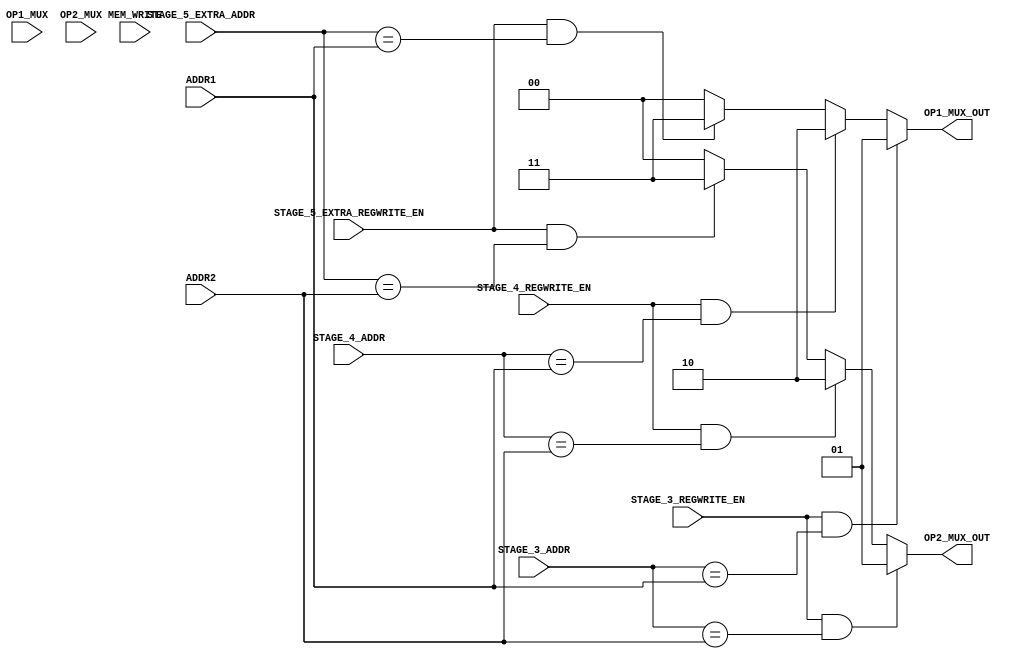
`timescale  1ns/100ps

module stage3_forward_unit(MEM_WRITE, ADDR1, ADDR2, OP1_MUX, OP2_MUX, STAGE_3_ADDR, STAGE_3_REGWRITE_EN, STAGE_4_ADDR, STAGE_4_REGWRITE_EN, STAGE_5_EXTRA_ADDR, STAGE_5_EXTRA_REGWRITE_EN, OP1_MUX_OUT, OP2_MUX_OUT);
    input [4:0] ADDR1, ADDR2;
    input OP1_MUX, OP2_MUX;
    input [4:0] STAGE_3_ADDR, STAGE_4_ADDR, STAGE_5_EXTRA_ADDR;
    input STAGE_3_REGWRITE_EN, STAGE_4_REGWRITE_EN, STAGE_5_EXTRA_REGWRITE_EN;
    input MEM_WRITE;
    output reg [1:0] OP1_MUX_OUT, OP2_MUX_OUT;


    always @ (*)
    begin
        // The logic flow for the operand 1
        if(STAGE_3_REGWRITE_EN == 1'b1 && STAGE_3_ADDR == ADDR1)
            begin
                // forwarding data from stage 3
                OP1_MUX_OUT = 2'b01;
            end
        else if(STAGE_4_REGWRITE_EN == 1'b1 && STAGE_4_ADDR == ADDR1)
            begin
                // forwarding data from stage 4
                OP1_MUX_OUT = 2'b10;
            end
        else if(STAGE_5_EXTRA_REGWRITE_EN == 1'b1 && STAGE_5_EXTRA_ADDR == ADDR1)
            begin
                // forwarding data from stage 5 extra stage for forwading 
                OP1_MUX_OUT = 2'b11;
            end
        else
            begin
                // no forwarding 
                OP1_MUX_OUT = 2'b00;
            end


        // The logic flow for the operand 1
        if(STAGE_3_REGWRITE_EN == 1'b1 && STAGE_3_ADDR == ADDR2)
            begin
                // forwading the data from stage 3
                OP2_MUX_OUT = 2'b01;
            end
        else if (STAGE_4_REGWRITE_EN == 1'b1 && STAGE_4_ADDR == ADDR2)
            begin
                // forwading the data from stage 4 
                OP2_MUX_OUT = 2'b10;
            end
        else if (STAGE_5_EXTRA_REGWRITE_EN == 1'b1 && STAGE_5_EXTRA_ADDR == ADDR2)
            begin
                // forwading the data from stage 5 extra stage for forwading 
                OP2_MUX_OUT = 2'b11;
            end
        else
            begin
                // no forwading 
                OP2_MUX_OUT = 2'b00;
            end

    end


endmodule